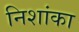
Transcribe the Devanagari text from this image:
निशांका